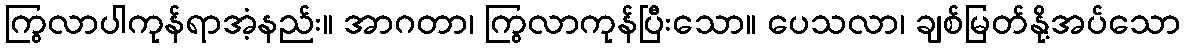
ကြွလာပါကုန်ရာအံ့နည်း။ အာဂတာ၊ ကြွလာကုန်ပြီးသော။ ပေသလာ၊ ချစ်မြတ်နို့အပ်သော